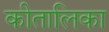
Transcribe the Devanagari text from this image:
कीतालिका